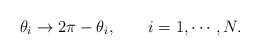
\begin{align*}\theta_i\rightarrow 2\pi-\theta_i,\qquad i=1, \cdots, N.\end{align*}